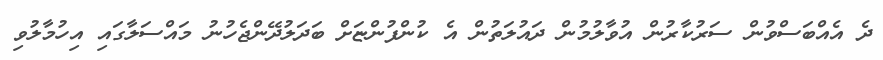
ދެ އެއްބަސްވުން ސަރުކާރުން އުވާލުމުން ދައުލަތުން އެ ކުންފުންޏަށް ބަދަލުދޭންޖެހުނު މައްސަލާގައި އިހުމާލުވި